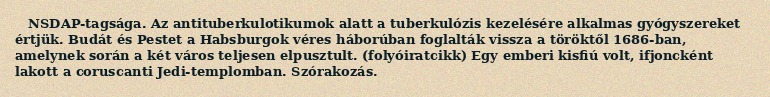
NSDAP-tagsága. Az antituberkulotikumok alatt a tuberkulózis kezelésére alkalmas gyógyszereket értjük. Budát és Pestet a Habsburgok véres háborúban foglalták vissza a töröktől 1686-ban, amelynek során a két város teljesen elpusztult. (folyóiratcikk) Egy emberi kisfiú volt, ifjoncként lakott a coruscanti Jedi-templomban. Szórakozás.